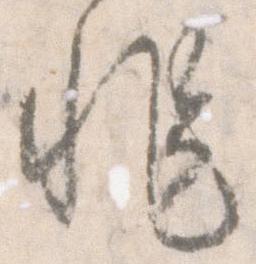
非